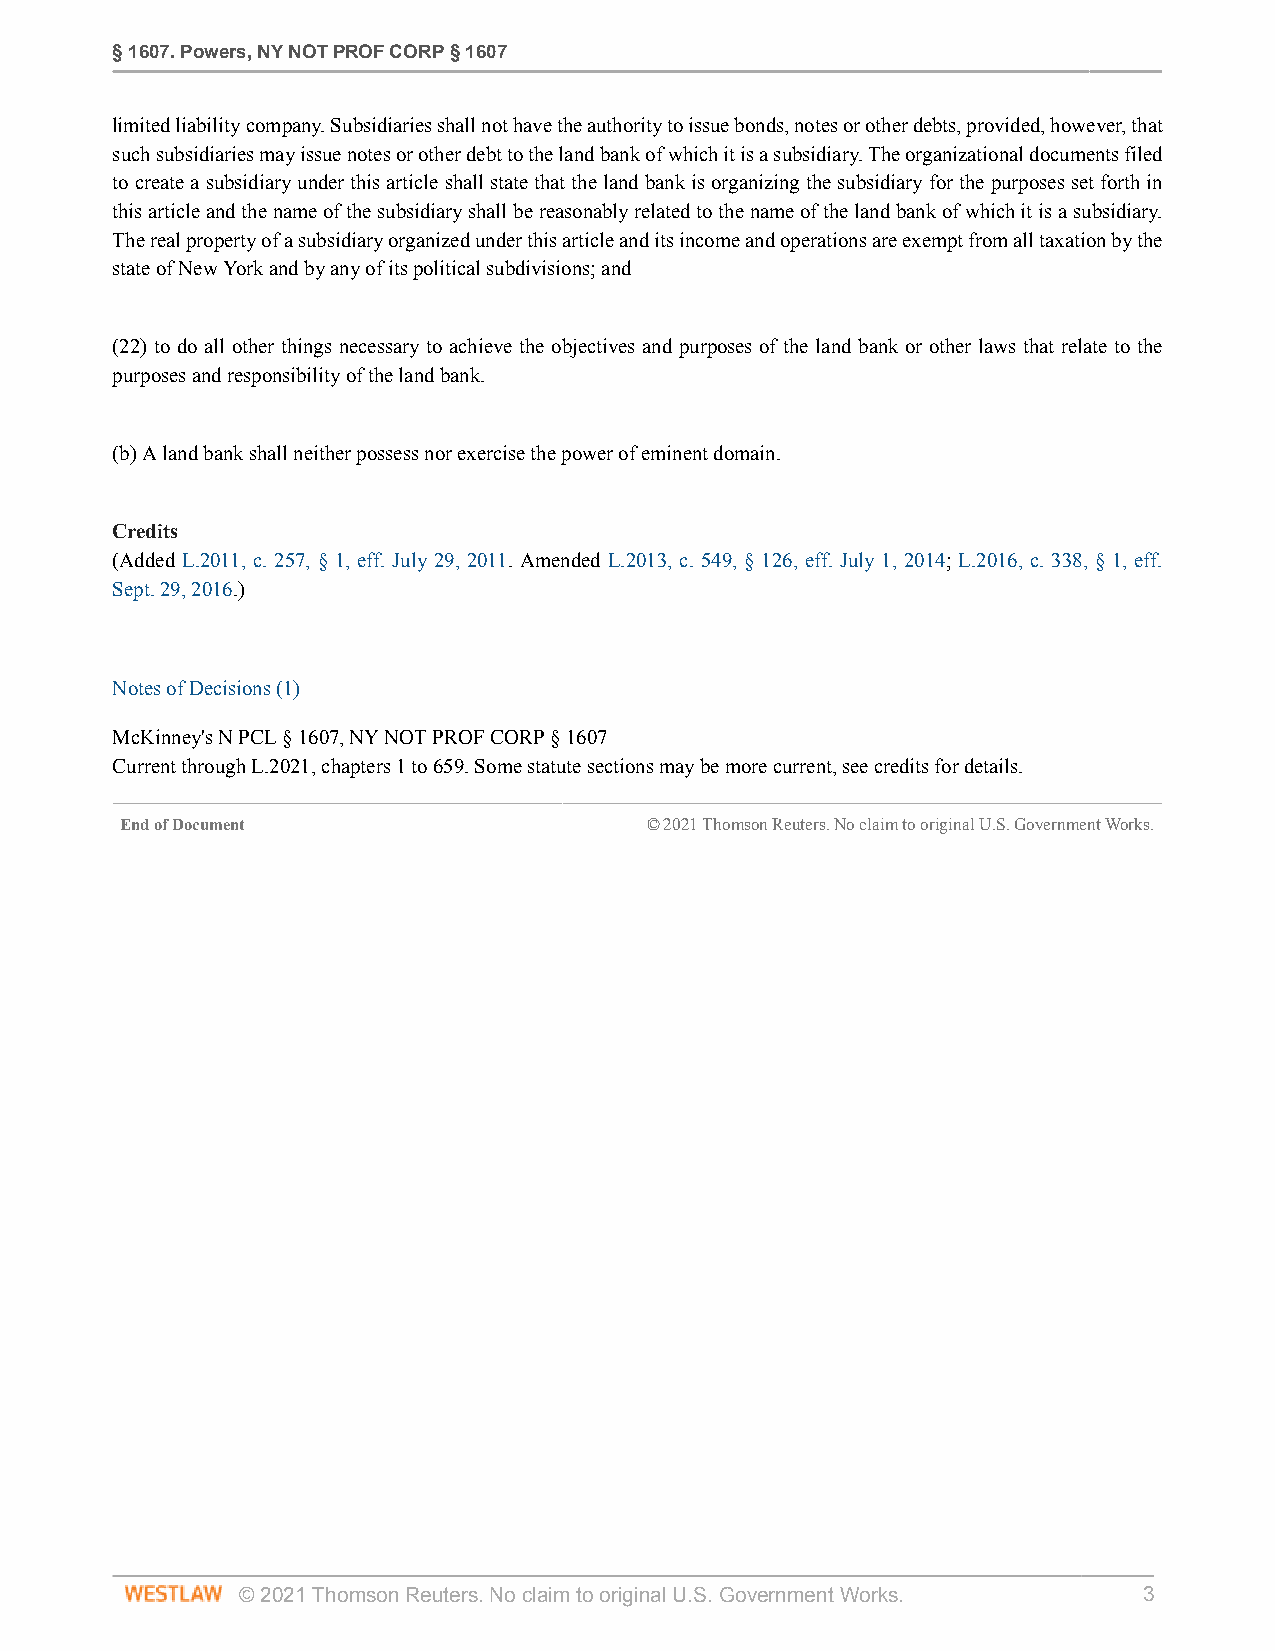
§ 1607. Powers, NY NOT PROF CORP § 1607
 limited liability company. Subsidiaries shall not have the authority to issue bonds, notes or other debts, provided, however, that
 such subsidiaries may issue notes or other debt to the land bank of which it is a subsidiary. The organizational documents filed
 to create a subsidiary under this article shall state that the land bank is organizing the subsidiary for the purposes set forth in
 this article and the name of the subsidiary shall be reasonably related to the name of the land bank of which it is a subsidiary.
 The real property of a subsidiary organized under this article and its income and operations are exempt from all taxation by the
 state of New York and by any of its political subdivisions; and
 (22) to do all other things necessary to achieve the objectives and purposes of the land bank or other laws that relate to the
 purposes and responsibility of the land bank.
 (b) A land bank shall neither possess nor exercise the power of eminent domain.
 Credits
 (Added L.2011, c. 257, § 1, eff. July 29, 2011. Amended L.2013, c. 549, § 126, eff. July 1, 2014; L.2016, c. 338, § 1, eff.
 Sept. 29, 2016.)
 Notes of Decisions (1)
 McKinney's N PCL § 1607, NY NOT PROF CORP § 1607
 Current through L.2021, chapters 1 to 659. Some statute sections may be more current, see credits for details.
 End of Document                    © 2021 Thomson Reuters. No claim to original U.S. Government Works.
 © 2021 Thomson Reuters. No claim to original U.S. Government Works. 3